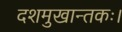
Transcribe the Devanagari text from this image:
दशमुखान्तकः।